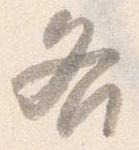
各